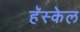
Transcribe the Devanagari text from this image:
हॅस्केल